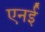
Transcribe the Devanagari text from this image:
एनई